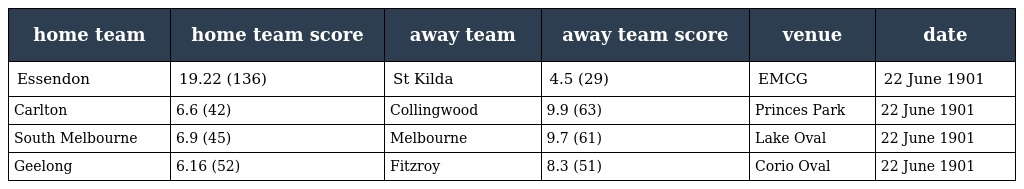
| home team | home team score | away team | away team score | venue | date |
 | --- | --- | --- | --- | --- | --- |
 | Essendon | 19.22 (136) | St Kilda | 4.5 (29) | EMCG | 22 June 1901 |
 | Carlton | 6.6 (42) | Collingwood | 9.9 (63) | Princes Park | 22 June 1901 |
 | South Melbourne | 6.9 (45) | Melbourne | 9.7 (61) | Lake Oval | 22 June 1901 |
 | Geelong | 6.16 (52) | Fitzroy | 8.3 (51) | Corio Oval | 22 June 1901 |